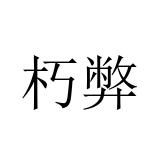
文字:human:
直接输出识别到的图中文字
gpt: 朽弊